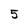
Character: 5